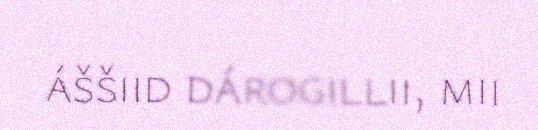
áššiid dárogillii, mii